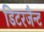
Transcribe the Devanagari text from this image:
डिटरजैन्ट